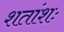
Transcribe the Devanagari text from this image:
शतांशः